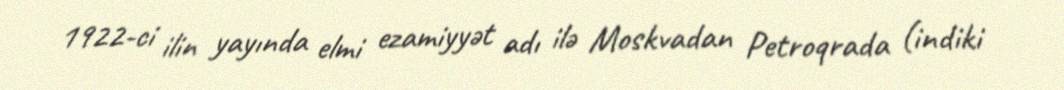
1922-ci ilin yayında elmi ezamiyyət adı ilə Moskvadan Petroqrada (indiki